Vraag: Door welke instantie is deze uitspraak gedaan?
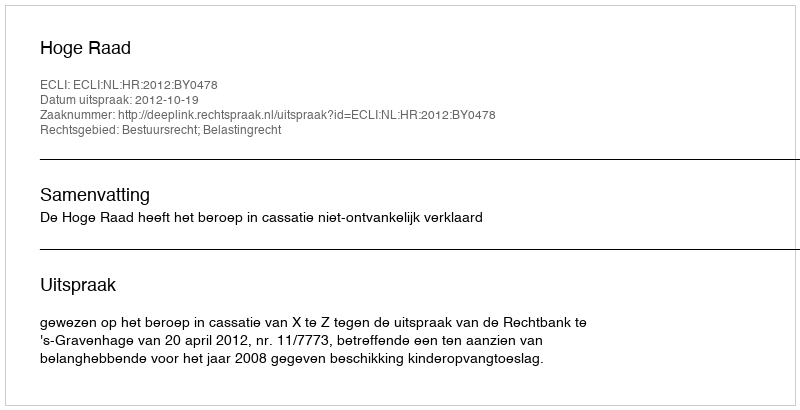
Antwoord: Hoge Raad